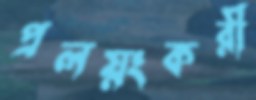
প্রলয়ংকরী